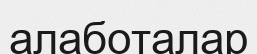
алаботалар